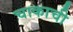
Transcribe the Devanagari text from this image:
चाकाची